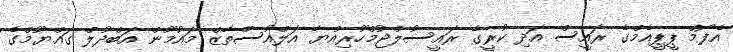
އެފޯމް ޕީޕީއެމްގެ ރައީސް އަދި ކުރީގެ ރައީސުލްޖުމްހޫރިއްޔާ އަލްއުސްތާޒް މައުމޫން އަބްދުލް ގައްޔޫމްގެ